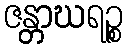
ဇန္တာဃရဉ္စ